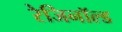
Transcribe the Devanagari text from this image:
रेजिनॉल्ड